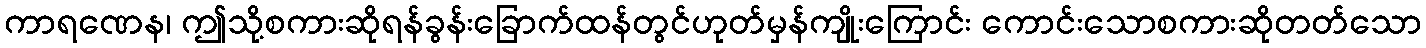
ကာရဏေန၊ ဤသို့စကားဆိုရန်ခွန်းခြောက်ထန်တွင်ဟုတ်မှန်ကျိုးကြောင်း ကောင်းသောစကားဆိုတတ်သော